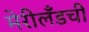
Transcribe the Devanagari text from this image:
मेरीलँडची